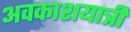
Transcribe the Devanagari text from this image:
अवकाशयात्री